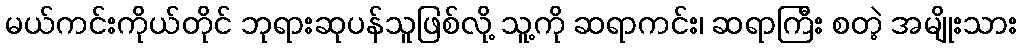
မယ်ကင်းကိုယ်တိုင် ဘုရားဆုပန်သူဖြစ်လို့ သူ့ကို ဆရာကင်း၊ ဆရာကြီး စတဲ့ အမျိုးသား